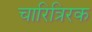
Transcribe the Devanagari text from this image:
चारित्रिरक